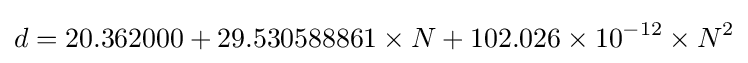
d=20.362000+29.530588861\times N+102.026\times 10^{-12}\times N^{2}